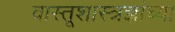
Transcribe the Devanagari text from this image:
वास्तूशास्त्रज्ञांच्या